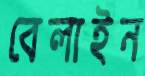
বেলাইন